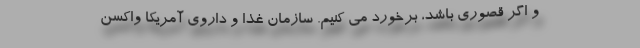
و اگر قصوری باشد، برخورد می کنیم. سازمان غذا و داروی آمریکا واکسن